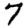
Digit: 7